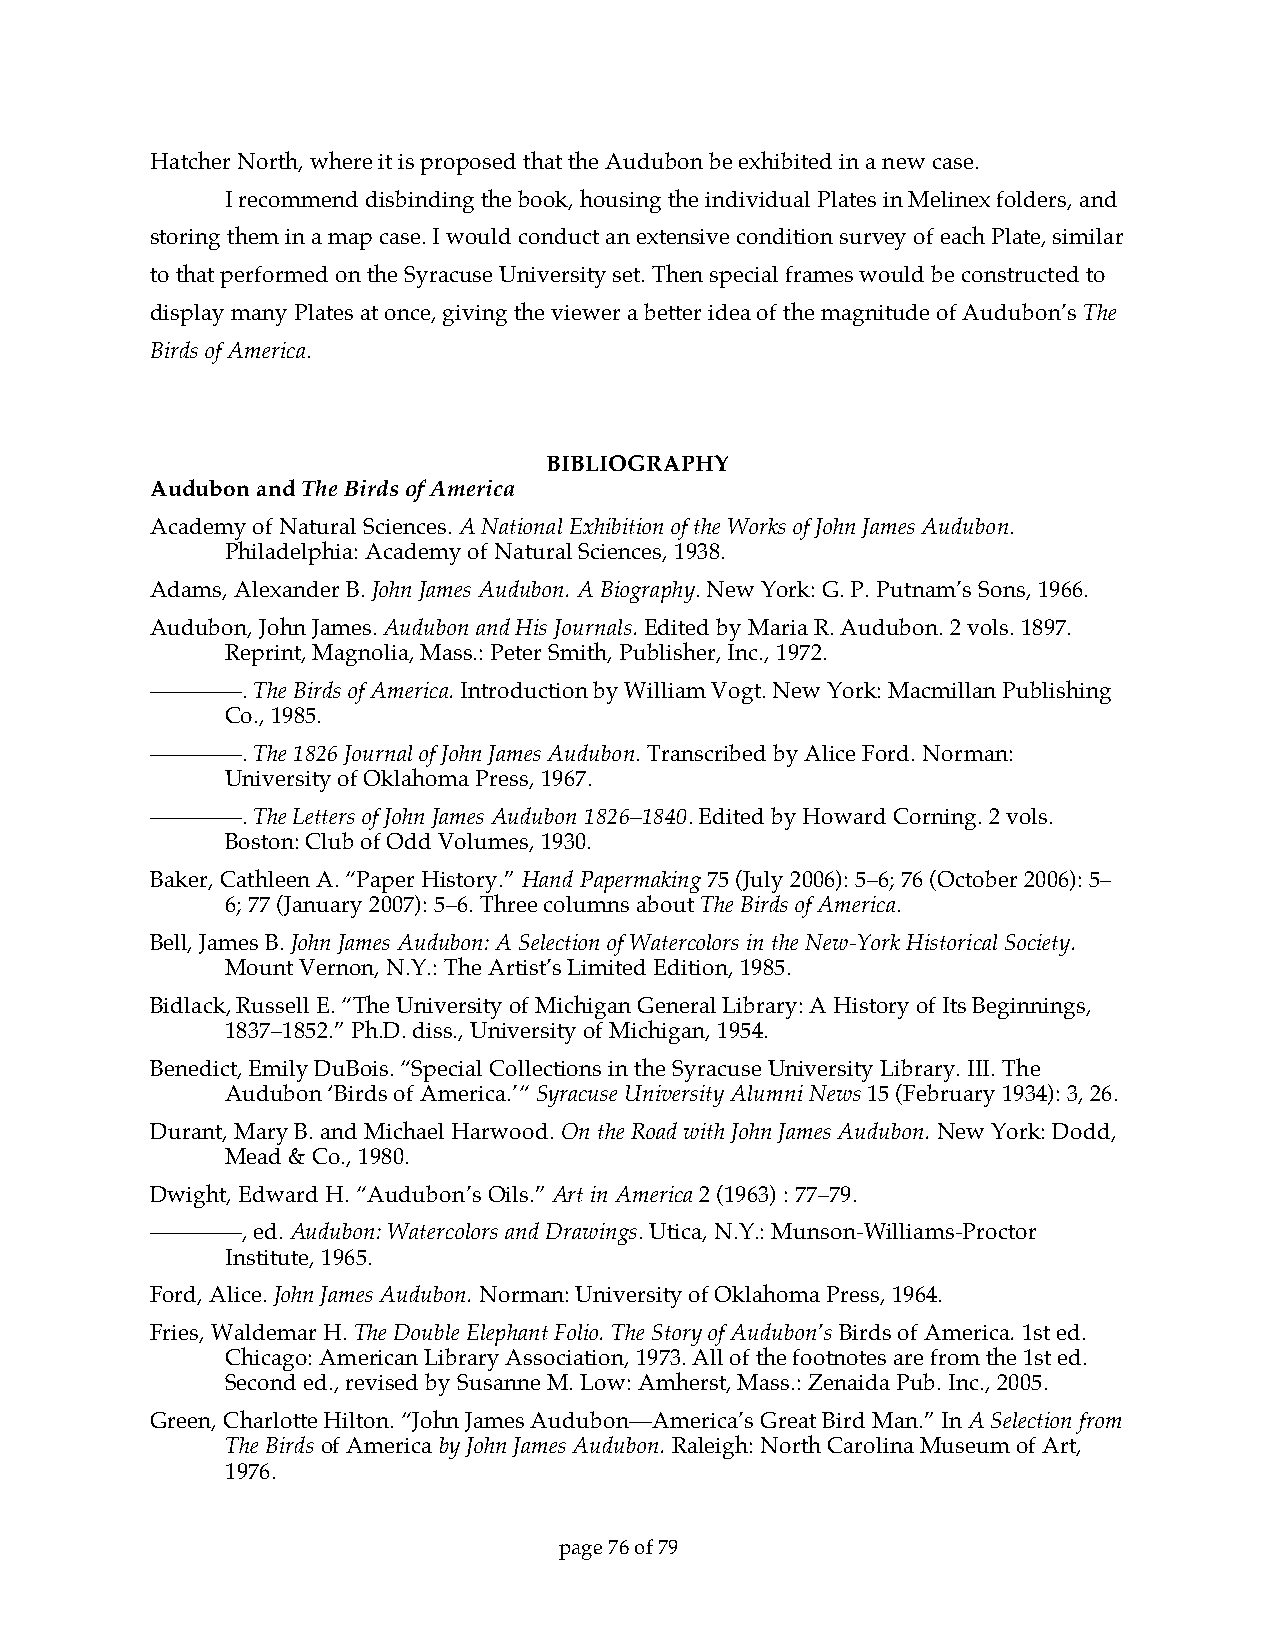
Hatcher North, where it is proposed that the Audubon be exhibited in a new case.
 I recommend disbinding the book, housing the individual Plates in Melinex folders, and
 storing them in a map case. I would conduct an extensive condition survey of each Plate, similar
 to that performed on the Syracuse University set. Then special frames would be constructed to
 display many Plates at once, giving the viewer a better idea of the magnitude of Audubon’s The
 Birds of America.
 BIBLIOGRAPHY
 Audubon and The Birds of America
 Academy of Natural Sciences. A National Exhibition of the Works of John James Audubon.
 Philadelphia: Academy of Natural Sciences, 1938.
 Adams, Alexander B. John James Audubon. A Biography. New York: G. P. Putnam’s Sons, 1966.
 Audubon, John James. Audubon and His Journals. Edited by Maria R. Audubon. 2 vols. 1897.
 Reprint, Magnolia, Mass.: Peter Smith, Publisher, Inc., 1972.
 ————.  The Birds of America. Introduction by William Vogt. New York: Macmillan Publishing
 Co., 1985.
 ————.  The 1826 Journal of John James Audubon. Transcribed by Alice Ford. Norman:
 University of Oklahoma Press, 1967.
 ————.  The Letters of John James Audubon 1826–1840. Edited by Howard Corning. 2 vols.
 Boston: Club of Odd Volumes, 1930.
 Baker, Cathleen A. “Paper History.” Hand Papermaking 75 (July 2006): 5–6; 76 (October 2006): 5–
 6; 77 (January 2007): 5–6. Three columns about The Birds of America.
 Bell, James B. John James Audubon: A Selection of Watercolors in the New-York Historical Society.
 Mount Vernon, N.Y.: The Artist’s Limited Edition, 1985.
 Bidlack, Russell E. “The University of Michigan General Library: A History of Its Beginnings,
 1837–1852.” Ph.D. diss., University of Michigan, 1954.
 Benedict, Emily DuBois. “Special Collections in the Syracuse University Library. III. The
 Audubon ‘Birds of America.’“ Syracuse University Alumni News 15 (February 1934): 3, 26.
 Durant, Mary B. and Michael Harwood. On the Road with John James Audubon. New York: Dodd,
 Mead & Co., 1980.
 Dwight, Edward H. “Audubon’s Oils.” Art in America 2 (1963) : 77–79.
 ————,  ed. Audubon: Watercolors and Drawings. Utica, N.Y.: Munson-Williams-Proctor
 Institute, 1965.
 Ford, Alice. John James Audubon. Norman: University of Oklahoma Press, 1964.
 Fries, Waldemar H. The Double Elephant Folio. The Story of Audubon’s Birds of America. 1st ed.
 Chicago: American Library Association, 1973. All of the footnotes are from the 1st ed.
 Second ed., revised by Susanne M. Low: Amherst, Mass.: Zenaida Pub. Inc., 2005.
 Green, Charlotte Hilton. “John James Audubon—America’s Great Bird Man.” In A Selection from
 The Birds of America by John James Audubon. Raleigh: North Carolina Museum of Art,
 1976.
 page 76 of 79